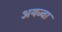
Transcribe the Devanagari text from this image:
अयज्वा